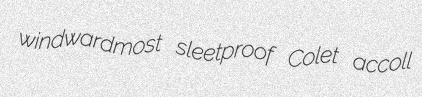
windwardmost sleetproof Colet accoll